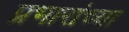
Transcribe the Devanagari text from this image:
प्रभारांच्या